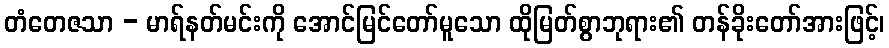
တံတေဇသာ - မာရ်နတ်မင်းကို အောင်မြင်တော်မူသော ထိုမြတ်စွာဘုရား၏ တန်ခိုးတော်အားဖြင့်၊